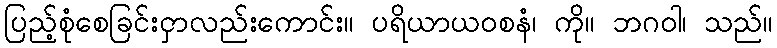
ပြည့်စုံစေခြင်းငှာလည်းကောင်း။ ပရိယာယဝစနံ၊ ကို။ ဘဂဝါ၊ သည်။